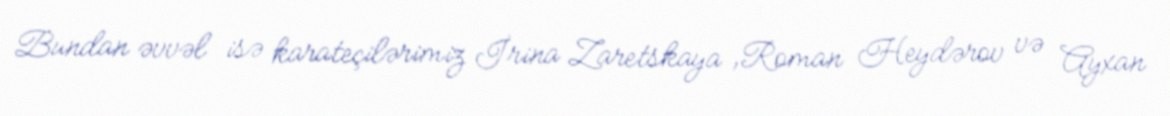
Bundan əvvəl isə karateçilərimiz İrina Zaretskaya ,Roman Heydərov və Ayxan